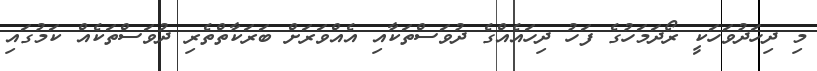
މި ދިހަދުވަހަކީ ރޯދަމަހުގެ ފަހު ދިހައެއްގެ ދުވަސްތަކާއި އެއްވަރަށް ބަރަކާތްތެރި ދުވަސްތަކެއް ކަމުގައި